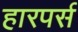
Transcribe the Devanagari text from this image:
हारपर्स